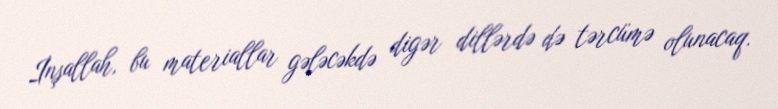
İnşallah, bu materiallar gələcəkdə digər dillərdə də tərcümə olunacaq.